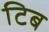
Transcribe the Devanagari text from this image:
टिब